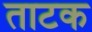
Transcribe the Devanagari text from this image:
ताटक